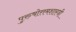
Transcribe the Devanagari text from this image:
पुरुषोत्तमशास्त्री